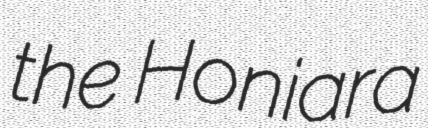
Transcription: the Honiara